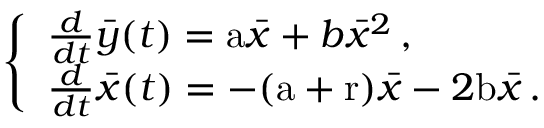
\left\{ \begin{array} { l l } { \frac { d } { d t } \bar { y } ( t ) = \mathrm { a } \bar { x } + b \bar { x } ^ { 2 } \, , } \\ { \frac { d } { d t } \bar { x } ( t ) = - ( \mathrm { a } + \mathrm { r } ) \bar { x } - 2 \mathrm { b } \bar { x } \, . } \end{array} \right.